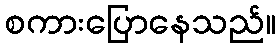
စကားပြောနေသည်။